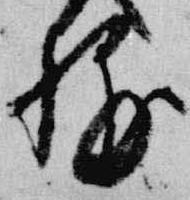
輔